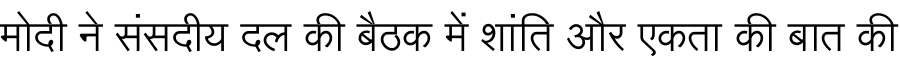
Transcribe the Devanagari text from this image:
मोदी ने संसदीय दल की बैठक में शांति और एकता की बात की